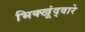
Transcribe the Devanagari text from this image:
भिक्खूंद्वारे